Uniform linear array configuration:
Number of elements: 32
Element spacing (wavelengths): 0.75
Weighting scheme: hamming
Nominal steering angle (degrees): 0
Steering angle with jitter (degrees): -1.735
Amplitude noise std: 0.05
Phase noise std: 0.05

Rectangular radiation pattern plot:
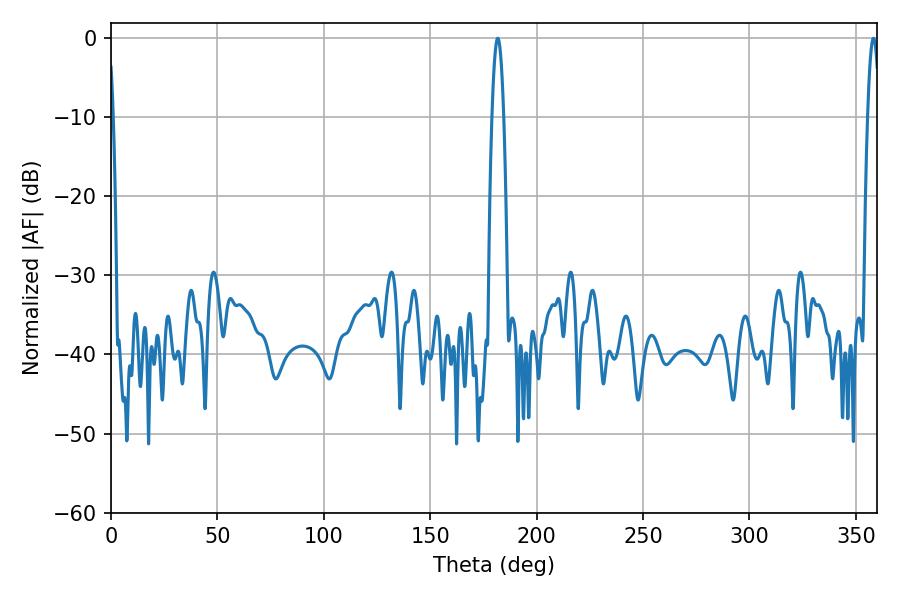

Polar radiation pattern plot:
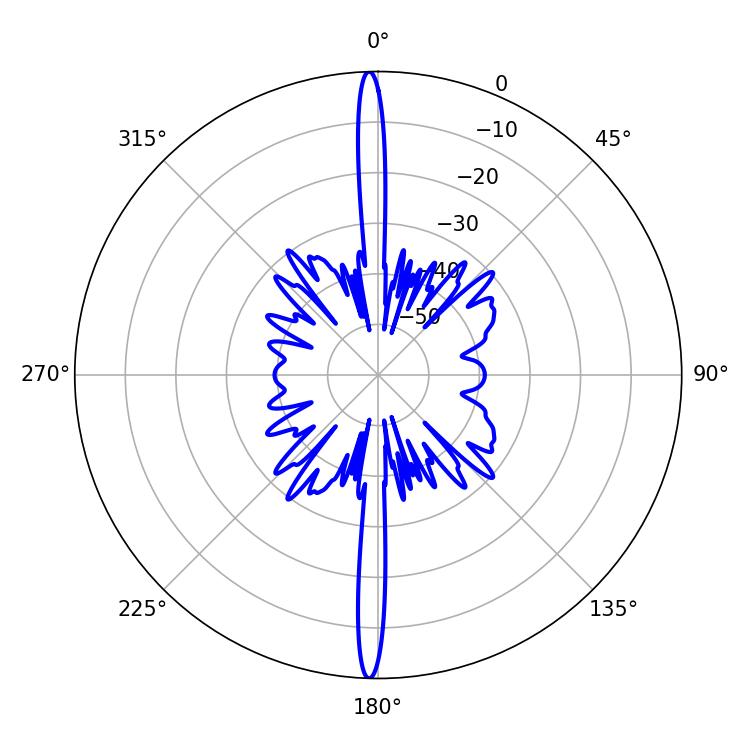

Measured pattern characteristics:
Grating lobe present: TRUE
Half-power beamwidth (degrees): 3.06
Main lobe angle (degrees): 181.8